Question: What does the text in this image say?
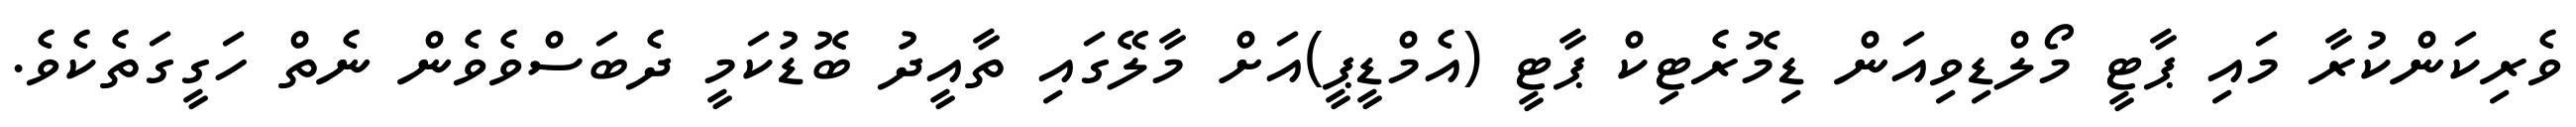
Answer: ވެރިކަންކުރާ މައި ޕާޓީ މޯލްޑިވިއަން ޑިމޮރެޓިކް ޕާޓީ (އެމްޑީޕީ)އަށް މާލޭގައި ތާއީދު ބޮޑުކަމީ ދެބަސްވެވެން ނެތް ހަގީގަތެކެވެ.